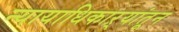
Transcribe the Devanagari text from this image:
न्यायाधिकाऱ्यांतून